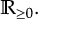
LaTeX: \mathbb { R } _ { \geq 0 } .